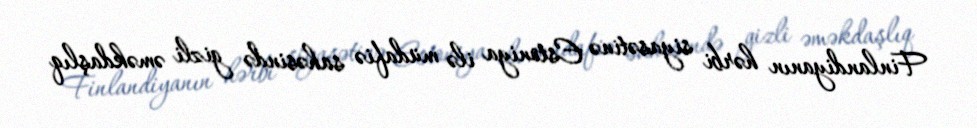
Finlandiyanın hərbi siyasətinə Estoniya ilə müdafiə sahəsində gizli əməkdaşlıq